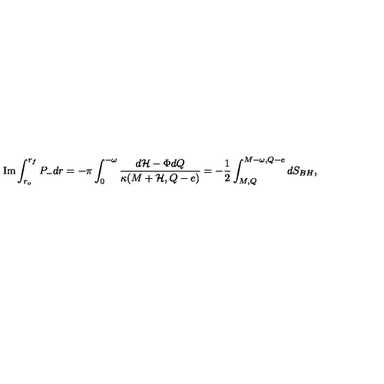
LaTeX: \mathrm { I m } \int _ { r _ { o } } ^ { r _ { f } } P _ { - } d r = - \pi \int _ { 0 } ^ { - \omega } { \frac { d { \cal H } - \Phi d Q } { \kappa ( M + { \cal H } , Q - e ) } } = - \frac { 1 } { 2 } \int _ { M , Q } ^ { M - \omega , Q - e } d S _ { B H } ,